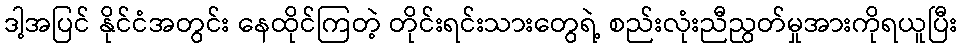
ဒါ့အပြင် နိုင်ငံအတွင်း နေထိုင်ကြတဲ့ တိုင်းရင်းသားတွေရဲ့ စည်းလုံးညီညွတ်မှုအားကိုရယူပြီး